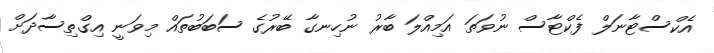
އެކްސްޓާނަލް ފެކްޓާސް ނުވަތަ އަމިއްލަ ބާރު ނުހިނގާ ބޭރުގެ ސަބަބުތައް މިވަނީ އިގްތިސާދަށް